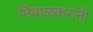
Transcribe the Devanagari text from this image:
निंबाळकरांनी